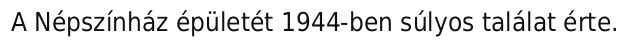
A Népszínház épületét 1944-ben súlyos találat érte.